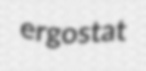
ergostat